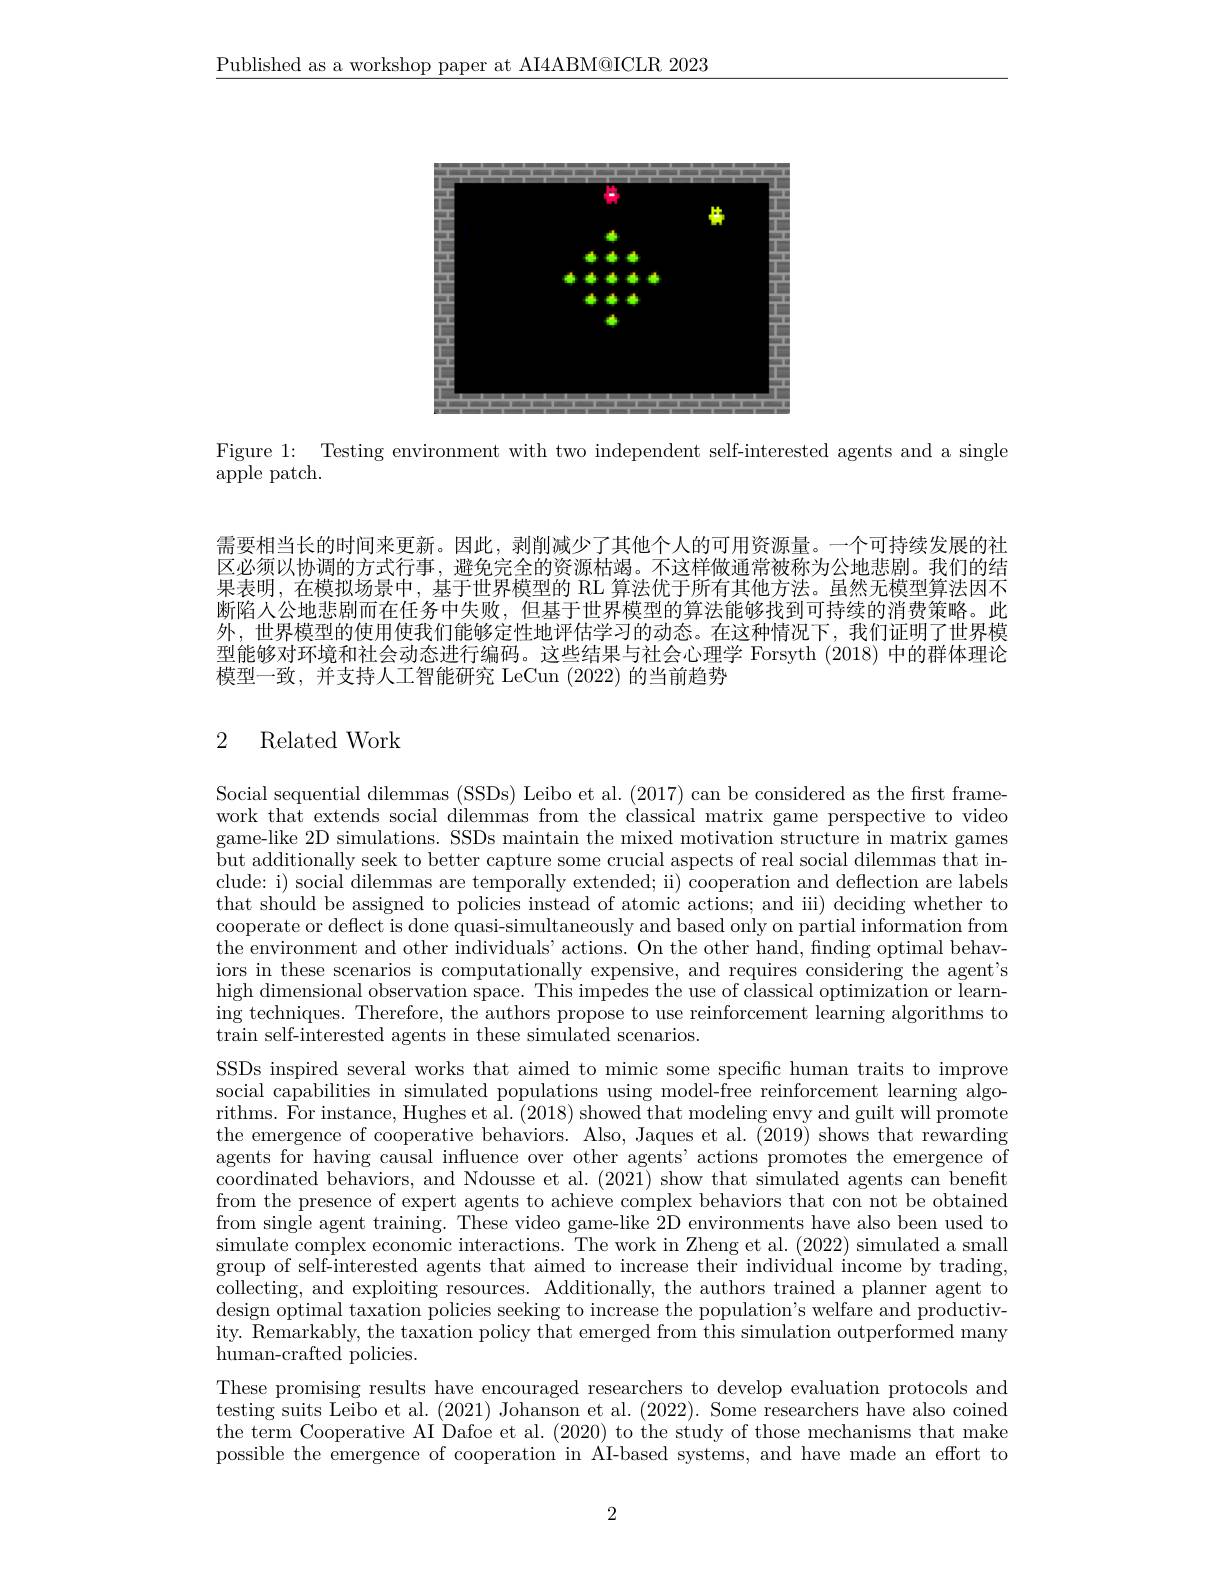
$\underline{\text{Published as a workshop paper at AI4ABM@ICLR 2023}}$

<FigureHere>

Figure 1: Testing environment with two independent self-interested agents and a single

apple patch.

需要相当长的时间来更新。因此，剥削减少了其他个人的可用资源量。一个可持续发展的社区必须以协调的方式行事，避免完全的资源枯竭。不这样做通常被称为公地悲剧。我们的结果表明，在模拟场景中，基于世界模型的 RL 算法优于所有其他方法。虽然无模型算法因不断陷人公地悲剧而在任务中失败，但基于世界模型的算法能够找到可持续的消费策略。此外，世界模型的使用使我们能够定性地评估学习的动态。在这种情况下，我们证明了世界模型能够对环境和社会动态进行编码。这些结果与社会心理学 Forsyth (2018) 中的群体理论模型一致，并支持人工智能研究 LeCun (2022)的当前趋势

# 2 Related Work

Social sequential dilemmas (SSDs) Leibo et al. (2017) can be considered as the first framework that extends social dilemmas from the classical matrix game perspective to video game-like 2D simulations. SSDs maintain the mixed motivation structure in matrix games but additionally seek to better capture some crucial aspects of real social dilemmas that include: i) social dilemmas are temporally extended; ii) cooperation and deflection are labels that should be assigned to policies instead of atomic actions; and iii) deciding whether to cooperate or deflect is done quasi-simultaneously and based only on partial information from the environment and other individuals' actions. On the other hand, finding optimal behaviors in these scenarios is computationally expensive, and requires considering the agent's high dimensional observation space. This impedes the use of classical optimization or learning techniques. Therefore, the authors propose to use reinforcement learning algorithms to $\tan$self-interested agents in these simulated scenarios.
SSDs inspired several works that aimed to mimic some specific human traits to improve social capabilities in simulated populations using model-free reinforcement learning algorithms. For instance, Hughes et al. (2018) showed that modeling envy and guilt will promote the emergence of cooperative behaviors. Also, Jaques et al. (2019) shows that rewarding agents for having causal influence over other agents'actions promotes the emergence of $\bar{\text{coordinated behaviors, and Ndousse et al. }}(202\bar{1})$ show that simulated agents can benefit from the presence of expert agents to achieve complex behaviors that con not be obtained from single agent training. These video game-like 2D environments have also been used to $\bar{\text{simulate complex economic interactions. The work in Zheng et al. }}(2022)$ simulated a small group of self-interested agents that aimed to increase their individual income by trading, collecting, and exploiting resources. Additionally, the authors trained a planner agent to design optimal taxation policies seeking to increase the population's welfare and productivity. Remarkably, the taxation policy that emerged from this simulation outperformed many human-crafted policies.
These promising results have encouraged researchers to develop evaluation protocols and testing suits Leibo et al. (2021) Johanson et al. (2022). Some researchers have also coined the term Cooperative AI Dafoe et al. (2020) to the study of those mechanisms that make possible the emergence of cooperation in AI-based systems, and have made an effort to

2